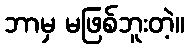
ဘာမှ မဖြစ်ဘူးတဲ့။